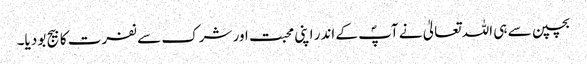
بچپن سے ہی اللہ تعالیٰ نے آپؐ کے اندر اپنی محبت اور شرک سے نفرت کا بیج بو دیا۔